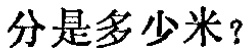
分是多少米？